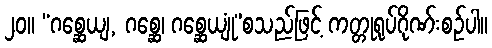
၂၀။ “ဂစ္ဆေယျ, ဂစ္ဆေ၊ ဂစ္ဆေယျုံ”စသည်ဖြင့် ကတ္တုရုပ်ဂိုဏ်းစဉ်ပါ။